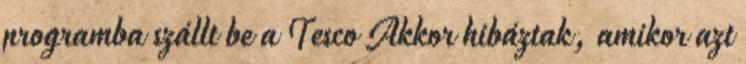
programba szállt be a Tesco Akkor hibáztak, amikor azt